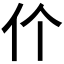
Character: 𬽨